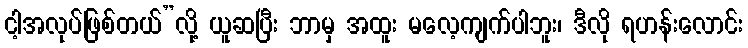
ငါ့အလုပ်ဖြစ်တယ်”လို့ ယူဆပြီး ဘာမှ အထူး မလေ့ကျက်ပါဘူး၊ ဒီလို ရဟန်းလောင်း